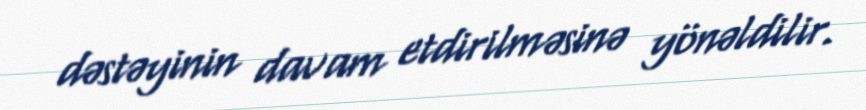
dəstəyinin davam etdirilməsinə yönəldilir.